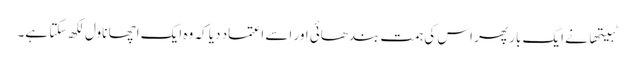
ٹبیتھا نے ایک بار پھر اس کی ہمت بندھائی اور اسے اعتماد دیا کہ وہ ایک اچھا ناول لکھ سکتا ہے۔